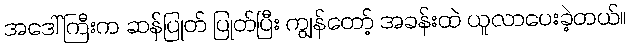
အဒေါ်ကြီးက ဆန်ပြုတ် ပြုတ်ပြီး ကျွန်တော့် အခန်းထဲ ယူလာပေးခဲ့တယ်။